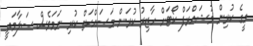
މީގެ ކުރިން މުޝައްރަފް ކޯޓަށް ހާޒިރު ކުރަން މަސައްކަތް ކުރި ނަމަވެސް ސަލާމަތީ